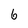
Character: 6